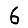
Digit: 6